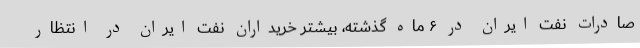
صادرات نفت ایران در ۶ ماه گذشته، بیشتر خریداران نفت ایران در انتظار